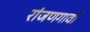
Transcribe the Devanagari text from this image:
रांजणगावी